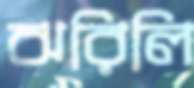
ঝরিলি